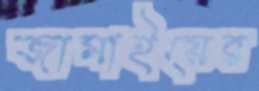
জামাইয়ের